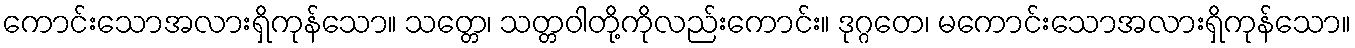
ကောင်းသောအလားရှိကုန်သော။ သတ္တေ၊ သတ္တဝါတို့ကိုလည်းကောင်း။ ဒုဂ္ဂတေ၊ မကောင်းသောအလားရှိကုန်သော။